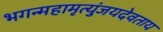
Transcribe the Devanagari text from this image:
भगन्महामृत्युंजयदेवताय